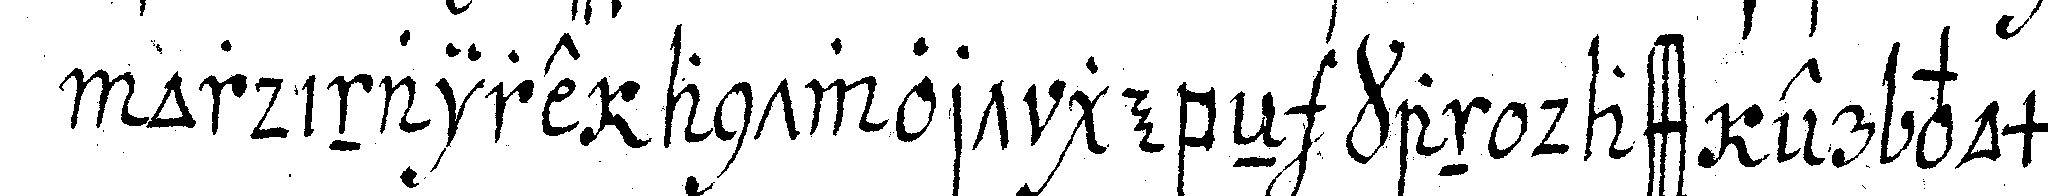
ordinaire antwort gebeN kan dass er vom